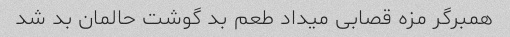
همبرگر مزه قصابی میداد طعم بد گوشت حالمان بد شد